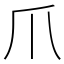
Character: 爪